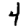
Digit: 4